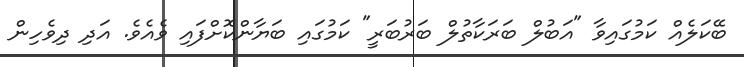
ބޭކަލެއް ކަމުގައިވާ "އަބުލް ބަރަކާތުލް ބަރުބަރީ" ކަމުގައި ބަޔާންކޮށްފައި ވެއެވެ. އަދި ދިވެހިން